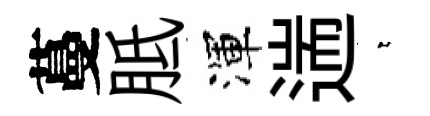
蔓胝渾遄萋